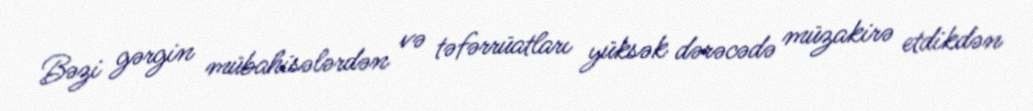
Bəzi gərgin mübahisələrdən və təfərrüatları yüksək dərəcədə müzakirə etdikdən